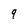
Character: 9